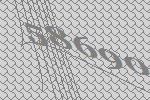
58690